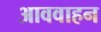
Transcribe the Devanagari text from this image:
आववाहन